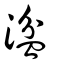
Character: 湓